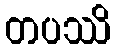
တပဿိ